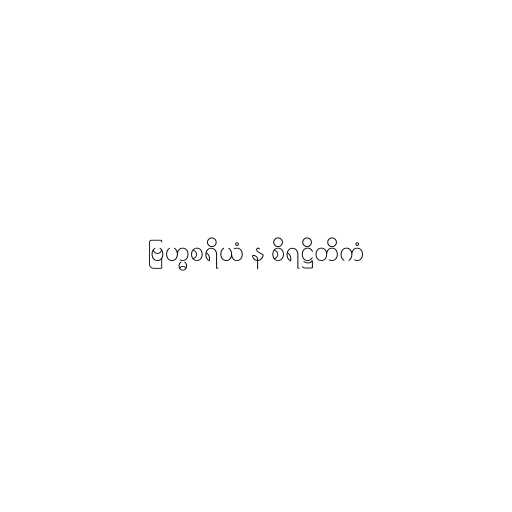
ဗြဟ္မစရိယံ န စိရဋ္ဌိတိကံ